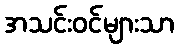
အသင်းဝင်များသာ